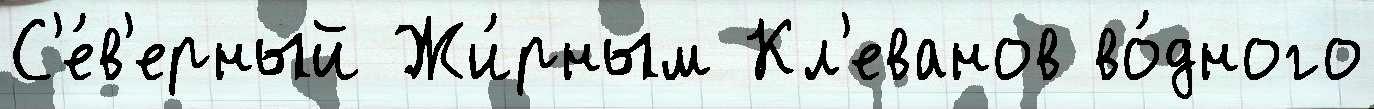
С'е́в'ерный Жи́рным Кл'еванов во́дного